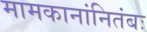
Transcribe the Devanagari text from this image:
मामकानांनितंबः